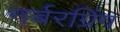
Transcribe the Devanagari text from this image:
नर्बरग्रिंग